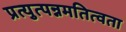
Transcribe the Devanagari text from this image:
प्रत्युत्पन्नमतित्वता